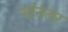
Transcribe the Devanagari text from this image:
यांनतर